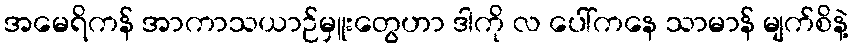
အမေရိကန် အာကာသယာဉ်မှူးတွေဟာ ဒါကို လ ပေါ်ကနေ သာမာန် မျက်စိနဲ့